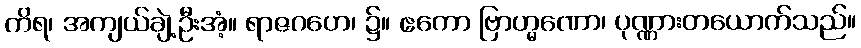
ကိရ၊ အကျယ်ချဲ့ဦးအံ့။ ရာဇဂဟေ၊ ၌။ ဧကော ဗြာဟ္မဏော၊ ပုဏ္ဏားတယောက်သည်။